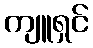
ကျူရှင်